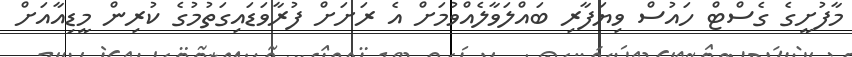
މާފުށީގެ ގެސްޓް ހައުސް ވިޔަފާރި ބައްލަވާލެއްވުމަށް އެ ރަށަށް ފުރާވަޑައިގަތުމުގެ ކުރިން މީޑިއާއަށް